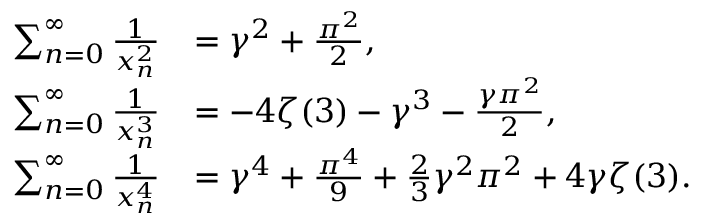
{ \begin{array} { r l } { \sum _ { n = 0 } ^ { \infty } { \frac { 1 } { x _ { n } ^ { 2 } } } } & { = \gamma ^ { 2 } + { \frac { \pi ^ { 2 } } { 2 } } , } \\ { \sum _ { n = 0 } ^ { \infty } { \frac { 1 } { x _ { n } ^ { 3 } } } } & { = - 4 \zeta ( 3 ) - \gamma ^ { 3 } - { \frac { \gamma \pi ^ { 2 } } { 2 } } , } \\ { \sum _ { n = 0 } ^ { \infty } { \frac { 1 } { x _ { n } ^ { 4 } } } } & { = \gamma ^ { 4 } + { \frac { \pi ^ { 4 } } { 9 } } + { \frac { 2 } { 3 } } \gamma ^ { 2 } \pi ^ { 2 } + 4 \gamma \zeta ( 3 ) . } \end{array} }